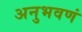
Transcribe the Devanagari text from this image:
अनुभवणं